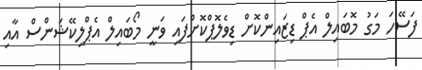
ފަސޭހަ މަގު މޮބައިލް އެޕް ޑިޒައިންކޮށް ޑިވެލޮޕްކޮށްފައި ވަނީ މޯބައިލް އެޕްލިކޭޝަންސް އާއި